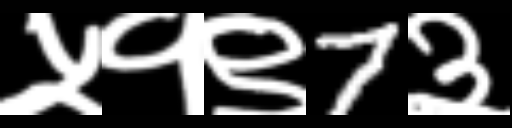
Text: ५१९7३